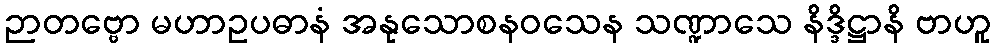
ဉာတဗ္ဗော မဟာဥပဓာနံ အနုသောစနဝသေန သဏ္ဍာသေ နိဒ္ဒိဋ္ဌာနိ ဗာဟူ